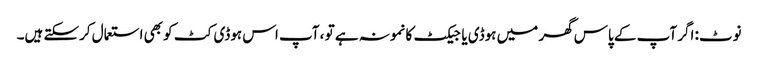
نوٹ: اگر آپ کے پاس گھر میں ہوڈی یا جیکٹ کا نمونہ ہے تو ، آپ اس ہوڈی کٹ کو بھی استعمال کرسکتے ہیں۔